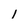
Character: 1